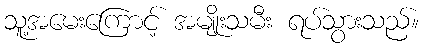
သူ့အမေးကြောင့် အမျိုးသမီး ရပ်သွားသည်။